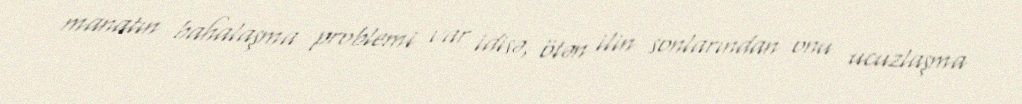
manatın bahalaşma problemi var idisə, ötən ilin sonlarından onu ucuzlaşma